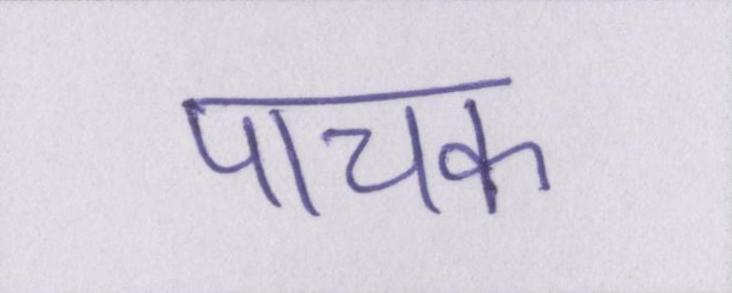
पाचक